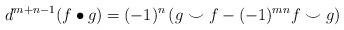
LaTeX: \begin{align*}d^{m+n-1}(f \bullet g) = (-1)^{n}\left(g \smile f - (-1)^{mn}f \smile g\right)\end{align*}